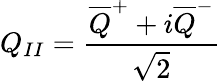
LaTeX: Q_{II}=\frac{\overline{{{Q}}}^{+}+i\overline{{{Q}}}^{-}}{\sqrt{2}}